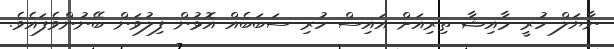
ނާޔަލް ހުރީ މާއިޝާ ތިރިއަށް އައިސް ހުރި ސަބަބެއް އޮޅުން ފިލުވަން ބޭނުންވެފައެވެ.